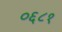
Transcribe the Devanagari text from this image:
०६८१